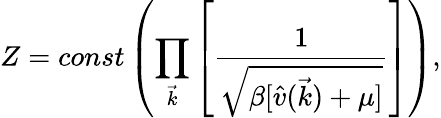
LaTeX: Z=const\left(\prod_{\vec{k}}\left[\frac{1}{\sqrt{\beta[\hat{v}(\vec{k})+\mu]}}\right]\right),